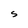
Character: s